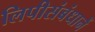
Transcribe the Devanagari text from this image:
लिपीसंबंधानें